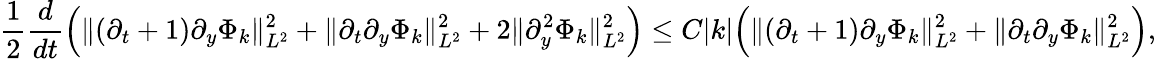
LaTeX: \frac{1}{2}\frac{d}{dt}\Big(\| (\partial_{t}+1)\partial_{y}\Phi_{k}\| _{L^{2}}^{2}+\| \partial_{t}\partial_{y}\Phi_{k}\| _{L^{2}}^{2}+2\| \partial_{y}^{2}\Phi_{k}\| _{L^{2}}^{2}\Big)\leq C|k|\Big(\| (\partial_{t}+1)\partial_{y}\Phi_{k}\| _{L^{2}}^{2}+\| \partial_{t}\partial_{y}\Phi_{k}\| _{L^{2}}^{2}\Big),